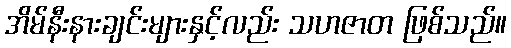
အိမ်နီးနားချင်းများနှင့်လည်း သဟဇာတ ဖြစ်သည်။